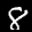
Label: 8